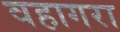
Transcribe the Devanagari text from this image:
वहागरा